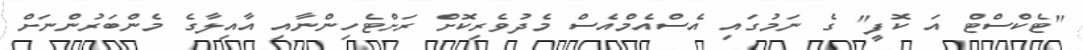
"ޓެކްސްޓް އަ ކޮފީ" ގެ ނަމުގައި އެސްއެމްއެސް މެދުވެރިކޮށް ރަށްޓެހިންނާއި އާއިލާގެ މެންބަރުންނަށް